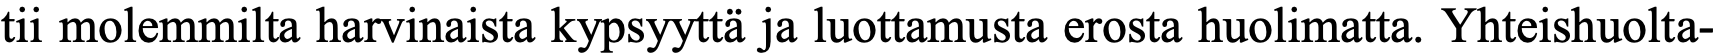
tii molemmilta harvinaista kypsyyttä ja luottamusta erosta huolimatta. Yhteishuolta-